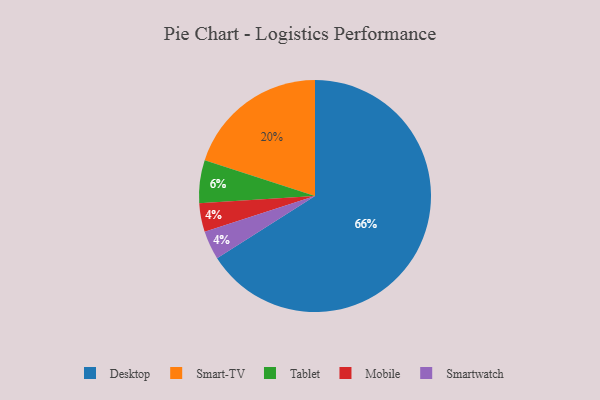
{"axis": {"x": "Category", "y": "Percentage"}, "legend": ["Desktop", "Mobile", "Smart-TV", "Smartwatch", "Tablet"], "data": [{"x": "Smart-TV", "y": 20, "type": "Smart-TV"}, {"x": "Tablet", "y": 6, "type": "Tablet"}, {"x": "Mobile", "y": 4, "type": "Mobile"}, {"x": "Desktop", "y": 66, "type": "Desktop"}, {"x": "Smartwatch", "y": 4, "type": "Smartwatch"}]}